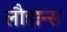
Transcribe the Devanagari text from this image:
लौहान्स